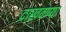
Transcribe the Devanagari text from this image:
दाखवण्या